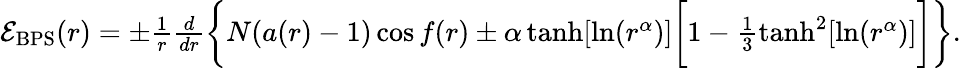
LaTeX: \begin{array}{r}{\mathcal{E}_{\mathrm{BPS}}(r)=\pm\frac{1}{r}\frac{d}{dr}\bigg\{ N(a(r)-1)\cos f(r)\pm\alpha\operatorname{tanh}[\mathrm{ln}(r^{\alpha})]\bigg[1-\frac{1}{3}\operatorname{tanh}^{2}[\mathrm{ln}(r^{\alpha})]\bigg]\bigg\} .}\end{array}